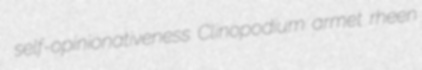
self-opinionativeness Clinopodium armet rheen